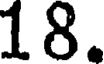
18.